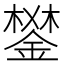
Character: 𨪧